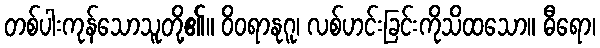
တစ်ပါးကုန်သောသူတို့၏။ ဝိဝရာနုဂူ၊ လစ်ဟင်းခြင်းကိုသိထသော။ ဓီရော၊